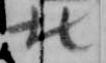
北